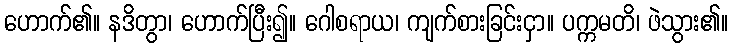
ဟောက်၏။ နဒိတွာ၊ ဟောက်ပြီး၍။ ဂေါစရာယ၊ ကျက်စားခြင်းငှာ။ ပက္ကမတိ၊ ဖဲသွား၏။